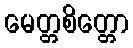
မေတ္တစိတ္တော